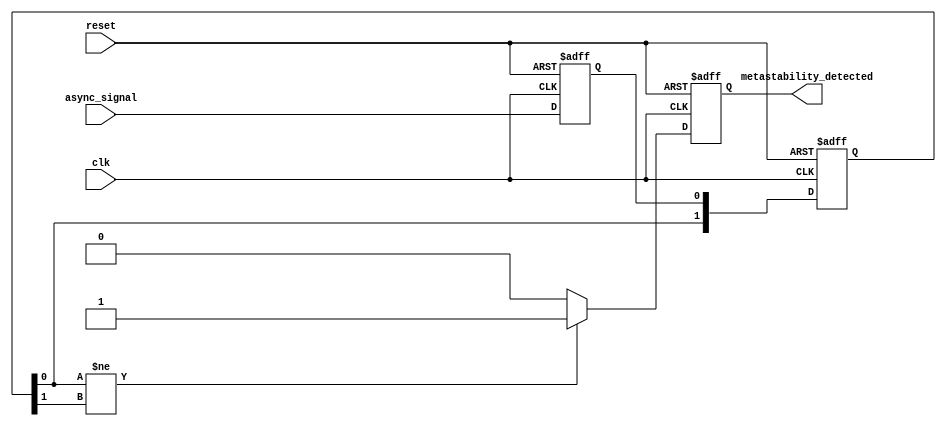
module metastability_detector (
    input wire clk,                // System clock
    input wire async_signal,       // Asynchronous input signal
    input wire reset,              // Reset signal
    output reg metastability_detected // Output signal indicating metastability
);

    reg async_signal_d1;           // Delayed version of the asynchronous signal
    reg pulse;                     // Pulse signal for transition detection
    reg [1:0] ff_out;              // Outputs of the two flip-flops

    // Pulse Generator: Detects the transition of the async signal
    always @(posedge clk or posedge reset) begin
        if (reset) begin
            pulse <= 1'b0;
        end else begin
            // Generate a pulse on the rising edge of the async signal
            pulse <= async_signal && !async_signal_d1;
        end
    end

    // Sample the input signal using two flip-flops
    always @(posedge clk or posedge reset) begin
        if (reset) begin
            async_signal_d1 <= 1'b0;
            ff_out <= 2'b00;
        end else begin
            async_signal_d1 <= async_signal; // Sample input signal
            ff_out[0] <= async_signal_d1;    // First flip-flop
            ff_out[1] <= ff_out[0];          // Second flip-flop
        end
    end

    // Metastability Detection Logic
    always @(posedge clk or posedge reset) begin
        if (reset) begin
            metastability_detected <= 1'b0;
        end else begin
            // Check for metastability condition
            // If the outputs of the flip-flops are not stable, assert the metastability signal
            if (ff_out[0] != ff_out[1]) begin
                metastability_detected <= 1'b1; // Metastability detected
            end else begin
                metastability_detected <= 1'b0; // Clear the detection signal
            end
        end
    end

endmodule